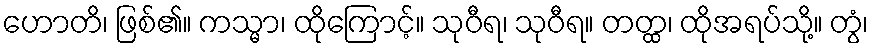
ဟောတိ၊ ဖြစ်၏။ ကသ္မာ၊ ထိုကြောင့်။ သုဝီရ၊ သုဝီရ။ တတ္ထ၊ ထိုအရပ်သို့။ တွံ၊